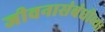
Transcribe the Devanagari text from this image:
जीवनासंबंधीच्या